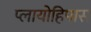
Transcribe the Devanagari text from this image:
प्लायोहिपास